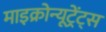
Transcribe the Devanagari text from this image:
माइक्रोन्यूट्रेंट्स